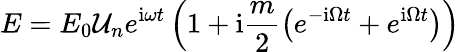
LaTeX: E=E_{0}\mathcal{U}_{n}e^{\mathrm{i}\omega t}\left(1+\mathrm{i}\frac{m}{2}\left(e^{-\mathrm{i}\Omega t}+e^{\mathrm{i}\Omega t}\right)\right)